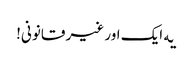
‎یه ایک اور غیر قانونی!